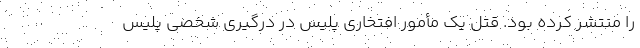
را منتشر کرده بود. قتل یک مأمور افتخاری پلیس در درگیری شخصی پلیس